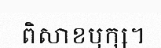
ពិសាខឫក្ស។